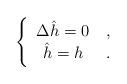
LaTeX: \begin{align*}\Bigg\{ \begin{tabular}{cc}$\Delta \hat{h}=0$ & ,\\$\hat{h}=h$ & .\end{tabular}\end{align*}